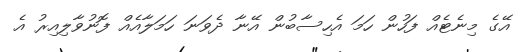
އޭގެ މިނެޓެއް ފަހުން ހަމަ އެހިސާބުން އޭނާ ދެވަނަ ހަމަލާއެއް ފޮނުވާލިއިރު އެ